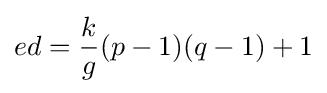
ed={\frac {k}{g}}(p-1)(q-1)+1